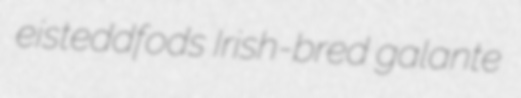
eisteddfods Irish-bred galante